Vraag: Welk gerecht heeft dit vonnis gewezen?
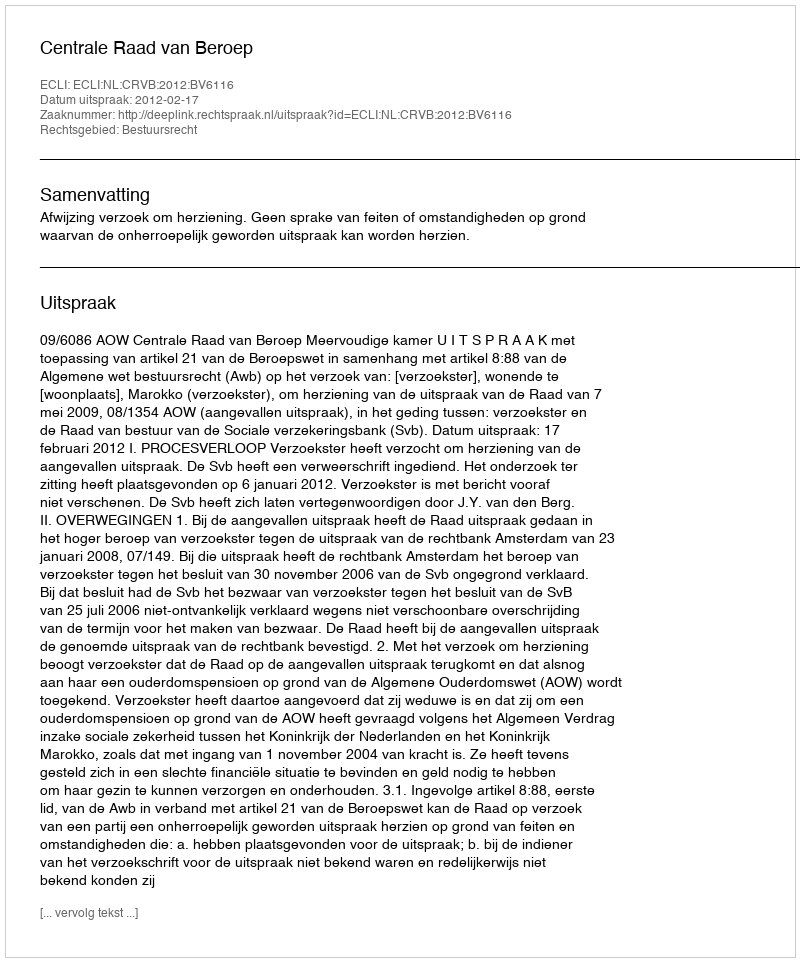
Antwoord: Centrale Raad van Beroep